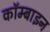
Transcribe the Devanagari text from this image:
कॉम्बाइन